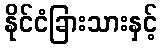
နိုင်ငံခြားသားနှင့်